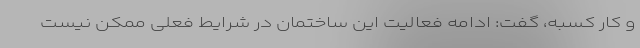
و کار کسبه، گفت: ادامه فعالیت این ساختمان در شرایط فعلی ممکن نیست